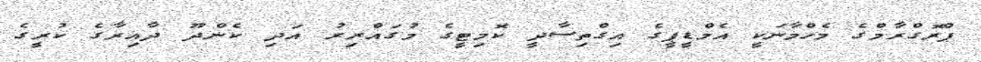
ޕްރޮގްރާމްގެ މެހްމާނަކީ އެމްޑީޕީގެ އިގްތިސާދީ ކޮމިޓީގެ މުގައްރިރު އަދި ކެންދޫ ދާއިރާގެ ކުރީގެ